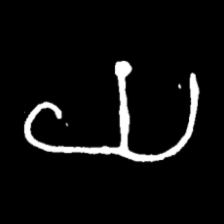
Pyu character \u2014 Myanmar letter: ယ (romanized: ya)